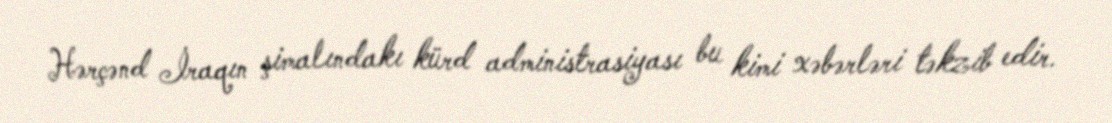
Hərçənd İraqın şimalındakı kürd administrasiyası bu kimi xəbərləri təkzib edir.